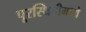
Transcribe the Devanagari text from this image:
पूरस्थितीमध्ये